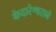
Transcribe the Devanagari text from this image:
केदारेश्वराने